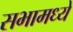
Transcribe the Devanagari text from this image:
सभामध्ये